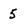
Character: 5